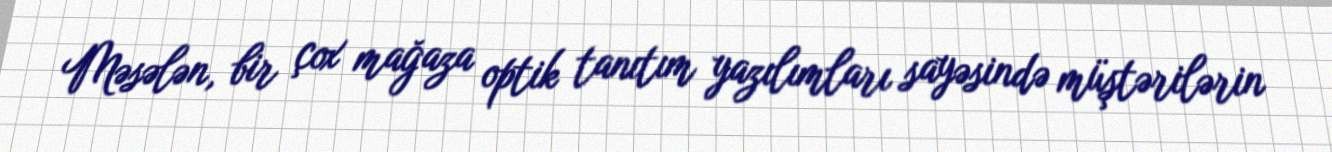
Məsələn, bir çox mağaza optik tanıtım yazılımları sayəsində müştərilərin